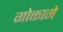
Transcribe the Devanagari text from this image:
गोकागे